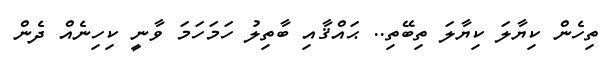
ތިހެން ކިޔާލަ ކިޔާލަ ތިބޭތި.. ޙައްޤާއި ބާތިލު ހަމަހަމަ ވާނީ ކިހިނެއް ދެން